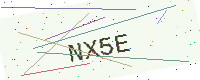
Text: NX5E